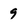
Character: 9